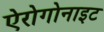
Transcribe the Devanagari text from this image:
ऐरोगोनाइट